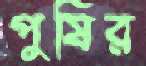
পুষির